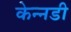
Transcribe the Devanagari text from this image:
केन्नडी